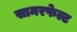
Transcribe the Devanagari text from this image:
सामरफेल्ट